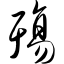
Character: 殇